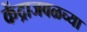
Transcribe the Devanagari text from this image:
केंद्राजवळच्या